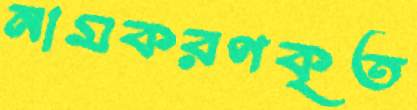
নামকরণকৃত